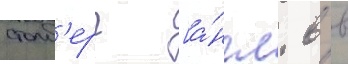
столб'ерг [а́нгл. в в